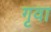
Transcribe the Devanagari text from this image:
गृवा